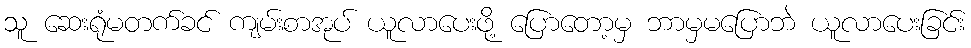
သူ ဆေးရုံမတက်ခင် ကျမ်းစာအုပ် ယူလာပေးဖို့ ပြောတော့မှ ဘာမှမပြောဘဲ ယူလာပေးခြင်း